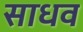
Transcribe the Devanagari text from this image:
साधव